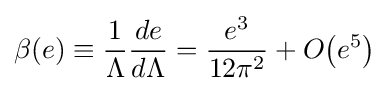
\beta (e)\equiv {\frac {1}{\Lambda }}{\frac {de}{d\Lambda }}={\frac {e^{3}}{12\pi ^{2}}}+O{\mathord {\left(e^{5}\right)}}